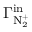
\Gamma _ { \mathrm { N _ { 2 } ^ { + } } } ^ { \mathrm { i n } }